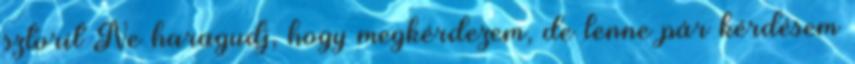
sztorit Ne haragudj, hogy megkérdezem, de lenne pár kérdésem